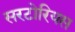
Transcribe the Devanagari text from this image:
सरटोरियस